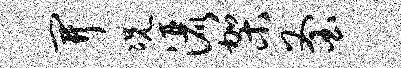
开况洒架釜